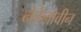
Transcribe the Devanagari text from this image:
नेहेलोवीन